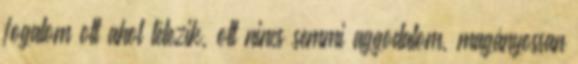
fogalom ott ahol létezik, ott nincs semmi aggodalom, magányossan